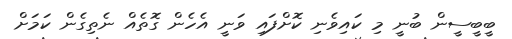
ބީބީސީން ބުނީ މި ކައިވެނި ކޮށްފައި ވަނީ އެހެން ގޮތެއް ނެތިގެން ކަމަށް